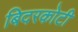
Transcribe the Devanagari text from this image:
बिदरकोटी